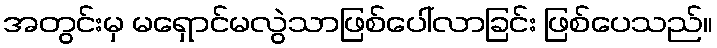
အတွင်းမှ မရှောင်မလွဲသာဖြစ်ပေါ်လာခြင်း ဖြစ်ပေသည်။